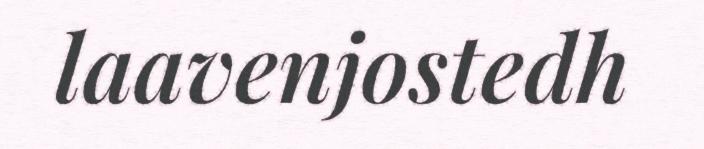
laavenjostedh